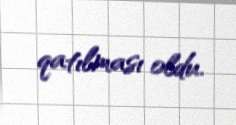
qatılması oldu.